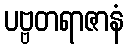
ပဗ္ဗတရာဇာနံ